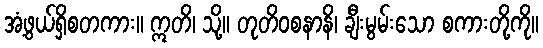
အံ့ဖွယ်ရှိစတကား။ ဣတိ၊ သို့။ တုတိဝစနာနိ၊ ချီးမွမ်းသော စကားတို့ကို။